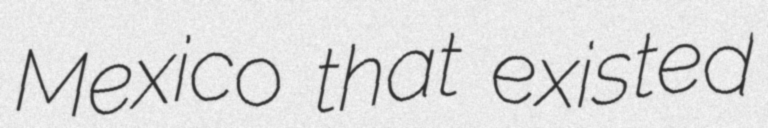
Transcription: Mexico that existed